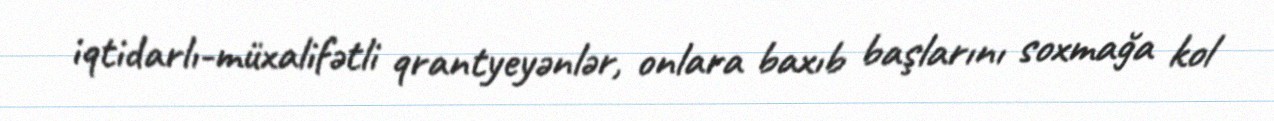
iqtidarlı-müxalifətli qrantyeyənlər, onlara baxıb başlarını soxmağa kol